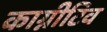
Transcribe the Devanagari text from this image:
काग्नीटिव